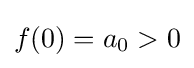
f(0)=a_{0}>0